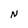
Character: N